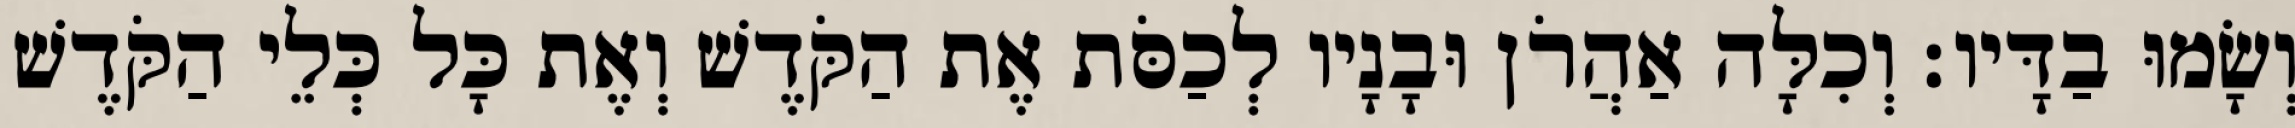
וְשָׂמוּ בַדָּיו׃ וְכִלָּה אַהֲרֹן וּבָנָיו לְכַסֹּת אֶת הַקֹּדֶשׁ וְאֶת כָּל כְּלֵי הַקֹּדֶשׁ